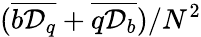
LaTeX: (\overline{{b{\cal D}_{q}}}+\overline{{q{\cal D}_{b}}})/N^{2}